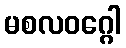
မစလဝဂ္ဂေါ